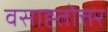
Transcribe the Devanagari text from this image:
वसाह्तोत्तर